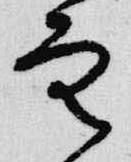
空